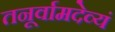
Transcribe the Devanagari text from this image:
तनूर्वामदेव्यं